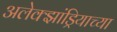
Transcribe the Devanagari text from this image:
अलेक्झांड्रियाच्या